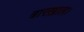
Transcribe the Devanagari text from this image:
त्रारख़ाल।